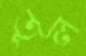
তূল